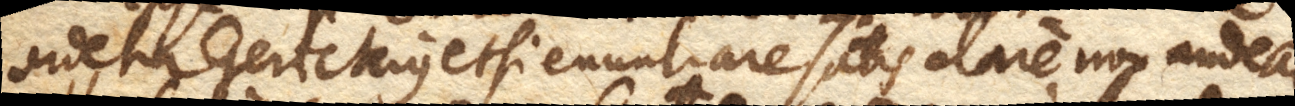
videtur Gerickius etsi enuntiare satis clare non audeat